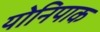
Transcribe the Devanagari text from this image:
योनिपाक